Lunatic asylums Bombay report 1878-1890 - 1878-1890
Year: 1878
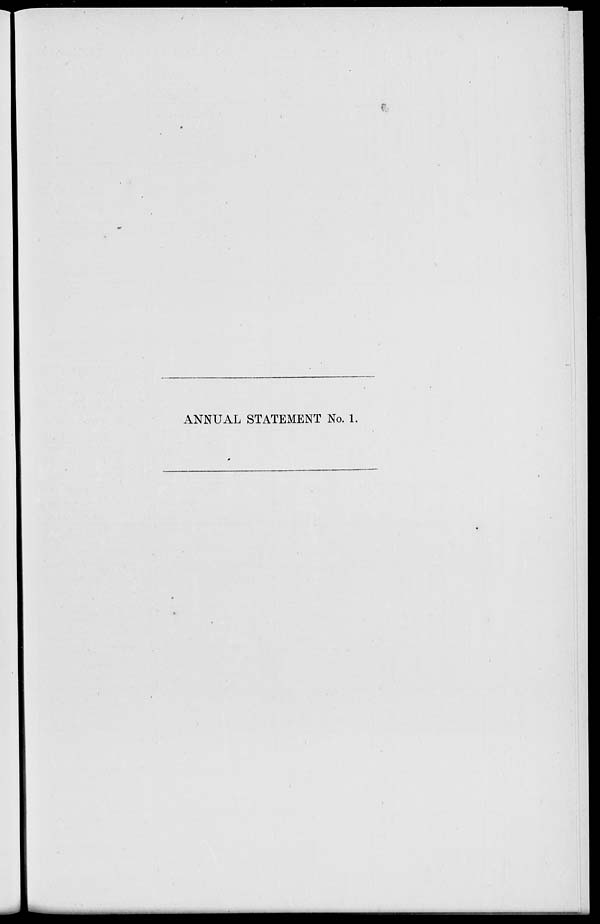
ANNUAL STATEMENT No. 1.